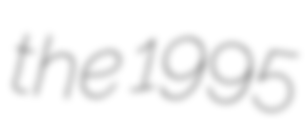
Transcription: the 1995